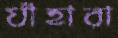
যাঁহারা